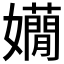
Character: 𡤃